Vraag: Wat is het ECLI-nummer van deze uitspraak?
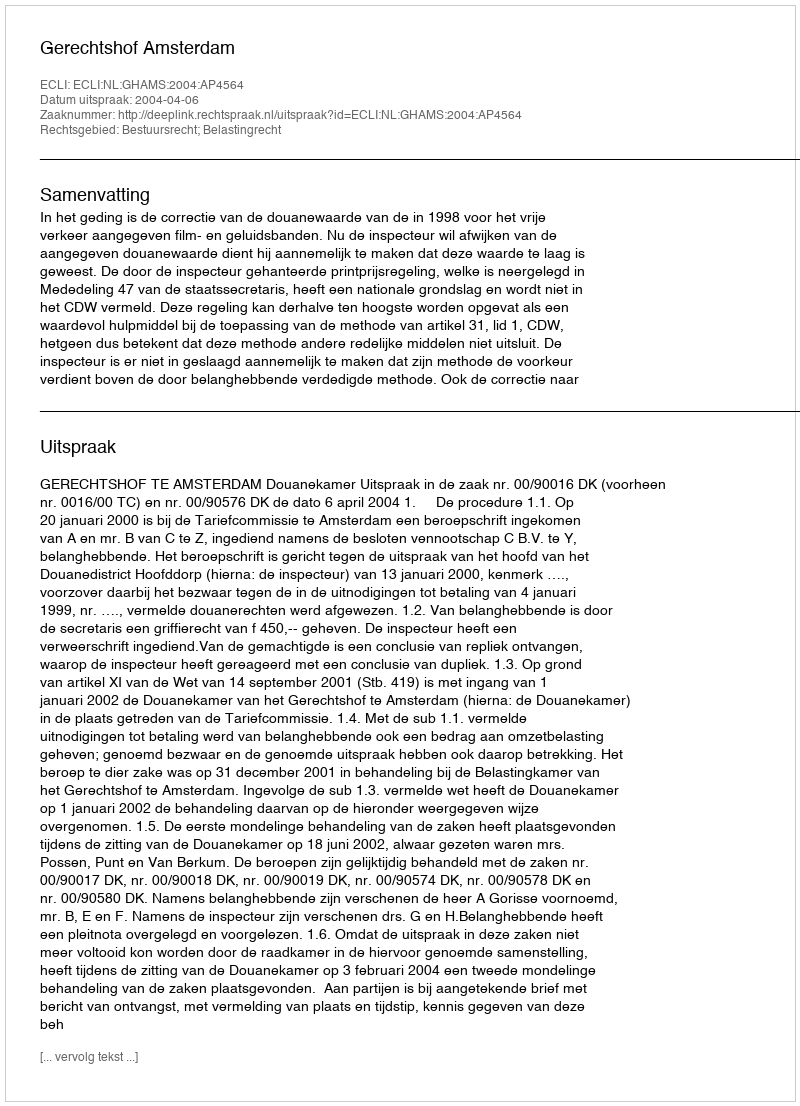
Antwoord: ECLI:NL:GHAMS:2004:AP4564